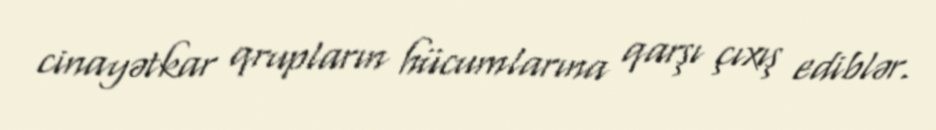
cinayətkar qrupların hücumlarına qarşı çıxış ediblər.